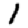
Digit: 1